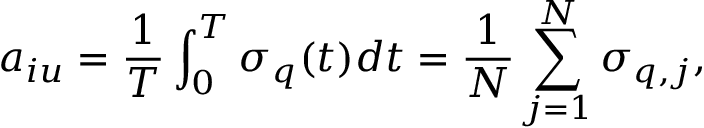
a _ { i u } = \frac { 1 } { T } \int _ { 0 } ^ { T } \sigma _ { q } ( t ) d t = \frac { 1 } { N } \sum _ { j = 1 } ^ { N } \sigma _ { q , j } ,